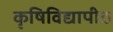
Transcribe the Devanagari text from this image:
कृषिविद्यापीठ